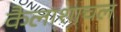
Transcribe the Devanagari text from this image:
कैलाशाचल